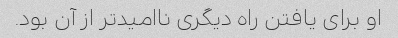
او برای یافتن راه دیگری ناامیدتر از آن بود.